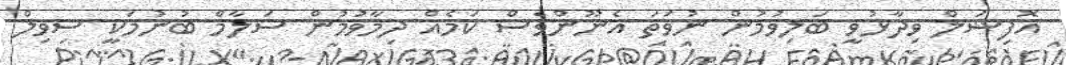
އޮފިޝަލް ވިދާޅުވީ ބަލިވުމުން ނުވަތަ އެނޫންވެސް ކަމެއް ދިމާވުމުން ސަލާމް ބުނުމަކީ ސިވިލް